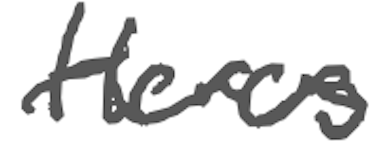
Text: Heroes
Cross-out: wave
Writing tool: digital_gray